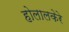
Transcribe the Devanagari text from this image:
होलालकेरे